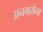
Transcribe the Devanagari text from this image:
अनगसेना